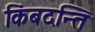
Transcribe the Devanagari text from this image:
किंबदन्ति